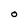
Character: O